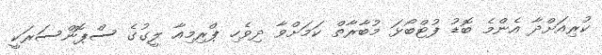
ކުރިއަށްދާ އެންމެ ބޮޑު ފުޓްބޯޅަ މުބާރާތް ކަމަށްވާ ދިވެހި ޕްރިިމިއާ ލީގުގެ ސްޕޮންސަރަކީ